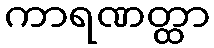
ကာရဏတ္ထာ